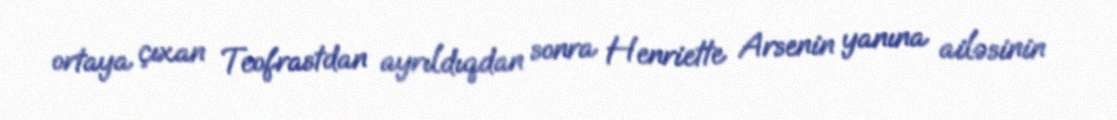
ortaya çıxan Teofrastdan ayrıldıqdan sonra Henriette Arsenin yanına ailəsinin